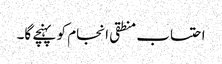
احتساب منطقی انجام کو پہنچے گا۔